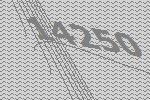
14250